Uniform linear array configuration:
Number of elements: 8
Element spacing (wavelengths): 1
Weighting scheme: uniform
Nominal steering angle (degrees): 15
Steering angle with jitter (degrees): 13.747
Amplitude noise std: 0.05
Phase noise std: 0.05

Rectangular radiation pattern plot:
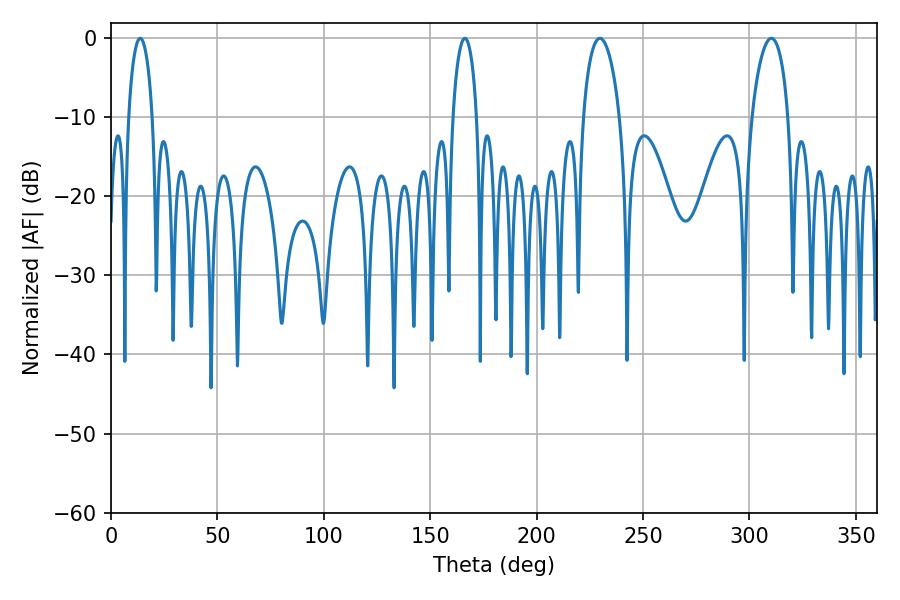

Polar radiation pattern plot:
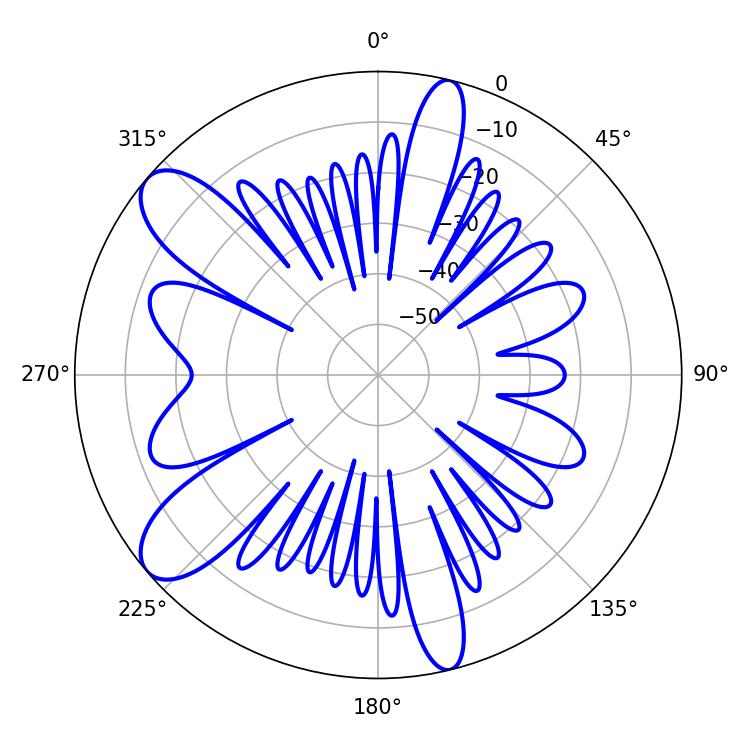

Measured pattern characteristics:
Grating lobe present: TRUE
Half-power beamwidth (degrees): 9.9
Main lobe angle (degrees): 229.68